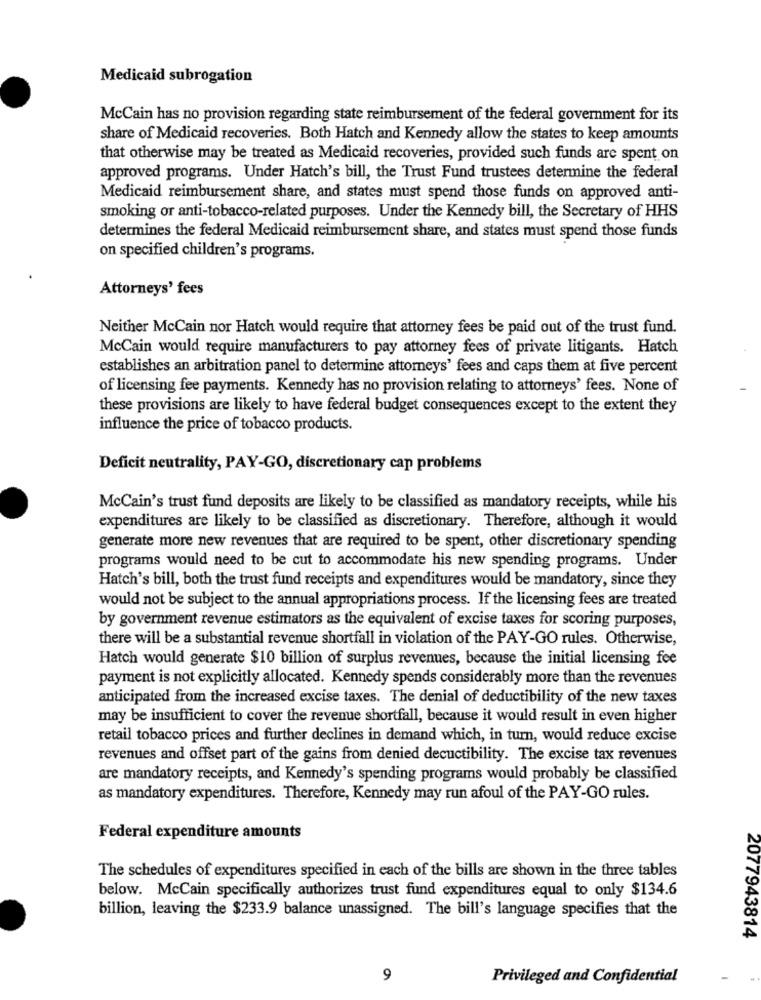
Medicaid subrogation
McCain has no provision regarding state reimbursement of the federal government for its
share of Medicaid recoveries. Both Hatch and Kennedy allow the states to keep amounts
that otherwise may be treated as Medicaid recoveries, provided such funds are spent on
approved programs. Under Hatch's bill, the Trust Fund trustees determine the federal
Medicaid reimbursement share, and states must spend those funds on approved anti-
smoking or anti-tobacco-related purposes. Under the Kennedy bill, the Secretary of HHS
determines the federal Medicaid reimbursement share, and states must spend those funds
on specified children's programs.
Attorneys' fees
Neither McCain nor Hatch would require that attorney fees be paid out of the trust fund.
McCain would require manufacturers to pay attorney fees of private litigants. Hatch
establishes an arbitration panel to determine attorneys' fees and caps them at five percent
of licensing fee payments. Kennedy has no provision relating to attorneys' fees. None of
these provisions are likely to have federal budget consequences except to the extent they
influence the price of tobacco products.
Deficit neutrality, PAY-GO, discretionary cap problems
McCain's trust fund deposits are likely to be classified as mandatory receipts, while his
expenditures are likely to be classified as discretionary. Therefore, although it would
generate more new revenues that are required to be spent, other discretionary spending
programs would need to be cut to accommodate his new spending programs. Under
Hatch's bill, both the trust fund receipts and expenditures would be mandatory, since they
would not be subject to the annual appropriations process. If the licensing fees are treated
by government revenue estimators as the equivalent of excise taxes for scoring purposes,
there will be a substantial revenue shortfall in violation of the PAY-GO rules. Otherwise,
Hatch would generate $10 billion of surplus revenues, because the initial licensing fee
payment is not explicitly allocated. Kennedy spends considerably more than the revenues
anticipated from the increased excise taxes. The denial of deductibility of the new taxes
may be insufficient to cover the revenue shortfall, because it would result in even higher
retail tobacco prices and further declines in demand which, in turn, would reduce excise
revenues and offset part of the gains from denied decuctibility. The excise tax revenues
are mandatory receipts, and Kennedy's spending programs would probably be classified
as mandatory expenditures. Therefore, Kennedy may run afoul of the PAY-GO rules.
Federal expenditure amounts
The schedules of expenditures specified in each of the bills are shown in the three tables
below. McCain specifically authorizes trust fund expenditures equal to only $134.6
billion, leaving the $233.9 balance unassigned. The bill's language specifies that the
2077943814
9
Privileged and Confidential